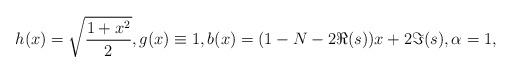
LaTeX: \begin{align*}h(x)=\sqrt{\frac{1+x^2}{2}}, g(x)\equiv 1,b(x)=(1-N-2\Re(s))x+2\Im(s),\alpha = 1,\end{align*}